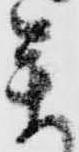
参